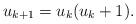
LaTeX: \begin{align*}u_{k+1} = u_k(u_k+1).\end{align*}